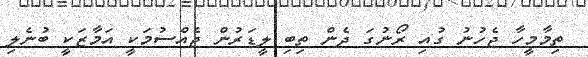
ތިމާމީހާ ޖެހުނު ގުއި ރޯނުގަ ދެން ތިބި ލީޑަރުން ޖެއްސުމަކީ އަމާޒަކީ ބުނެލި